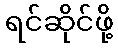
ရင်ဆိုင်ဖို့